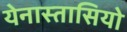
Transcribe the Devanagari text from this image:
येनास्तासियो